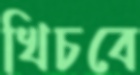
খিচবে